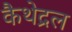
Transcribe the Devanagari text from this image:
कैथेद्रल